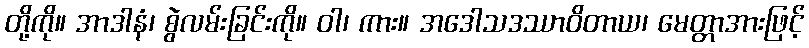
တို့ကို။ အာဒါနံ၊ စွဲလမ်းခြင်းကို။ ဝါ၊ ကား။ အဒေါသဒဿာဝိတာယ၊ မေတ္တာအားဖြင့်